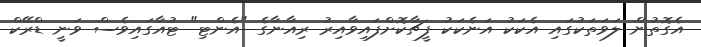
އެގޮތުން ލަވަތަކުގައި އެކަކު އަނެކަކު ފީޗާކޮށްފައިވާއިރު ރިއާނާގެ "އެންޓި" ޓުއާގައިވެސް ވަނީ ޑްރޭކް